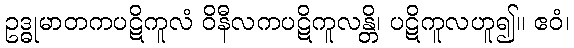
ဥဒ္ဓုမာတကပဋိကူလံ ဝိနီလကပဋိကူလန္တိ၊ ပဋိကူလဟူ၍။ ဧဝံ၊